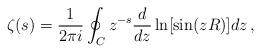
LaTeX: \begin{align*}\zeta (s)=\frac{1}{2\pi i}\oint_Cz^{-s}\frac{d}{dz}\ln [\sin (zR)] dz\,{,}\end{align*}